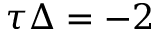
\tau \Delta = - 2